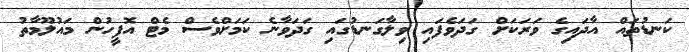
ކަނޑުތައް އާދައިގެ ވަރަކަށް ގަދަވެފައި ވިލާގަނޑުގައި ގަދަވާނެ ކަމަށްވެސް މެޓް އޮފީހުން މައުލޫމާތު